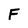
Character: F